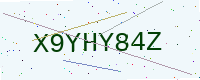
Text: X9YHY84Z